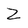
Character: Z